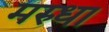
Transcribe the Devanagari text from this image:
मरुधा